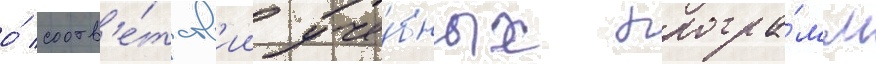
о́ соотв'е́тств'ии уче́бных програ́мм